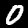
Digit: 0